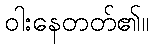
ဝါးနေတတ်၏။